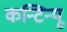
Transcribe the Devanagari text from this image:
कन्टिन्यू